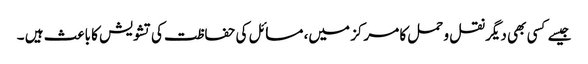
جیسے کسی بھی دیگر نقل و حمل کا مرکز میں، مسائل کی حفاظت کی تشویش کا باعث ہیں ۔